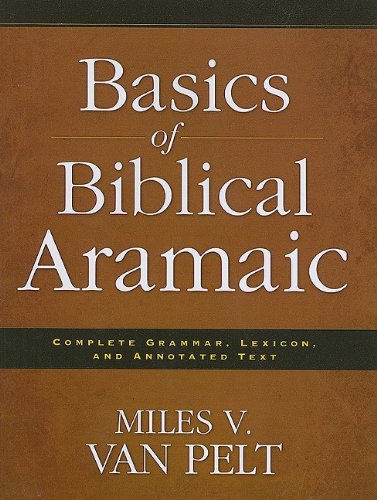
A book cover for Basics of Biblical Aramaic: Complete Grammar, Lexicon, and Annotated Text; Miles V. Van Pelt; Christian Books & Bibles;